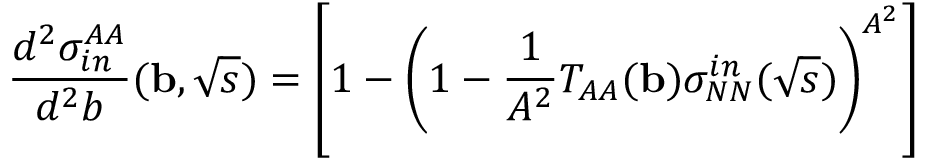
\frac { d ^ { 2 } \sigma _ { i n } ^ { A A } } { d ^ { 2 } b } ( { \bf b } , \sqrt { s } ) = \left[ 1 - \left( 1 - \frac { 1 } { A ^ { 2 } } T _ { A A } ( { \bf b } ) \sigma _ { N N } ^ { i n } ( \sqrt { s } ) \right) ^ { A ^ { 2 } } \right]